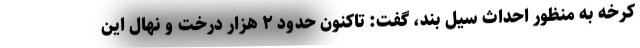
کرخه به منظور احداث سیل بند، گفت: تاکنون حدود ۲ هزار درخت و نهال این